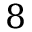
8